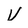
Character: V